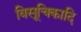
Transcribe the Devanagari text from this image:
विसूचिकादि